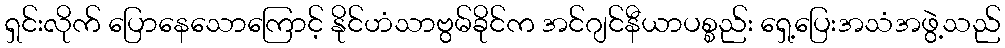
ရှင်းလိုက် ပြောနေသောကြောင့် နိုင်ဟံသာဗွမ်ခိုင်က အင်ဂျင်နီယာပစ္စည်း ရှေ့ပြေးအသံအဖွဲ့သည်